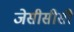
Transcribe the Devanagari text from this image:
जेसीसीसी